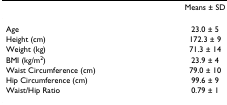
|  | Means ± SD |
 | --- | --- |
 | Age | 23.0 ± 5 |
 | Height (cm) | 172.3 ± 9 |
 | Weight (kg) | 71.3 ± 14 |
 | BMI (kg/m2) | 23.9 ± 4 |
 | Waist Circumference (cm) | 79.0 ± 10 |
 | Hip Circumference (cm) | 99.6 ± 9 |
 | Waist/Hip Ratio | 0.79 ± 1 |